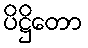
ပိဋ္ဌိတော